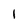
Character: l